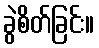
ခွဲစိတ်ခြင်း။